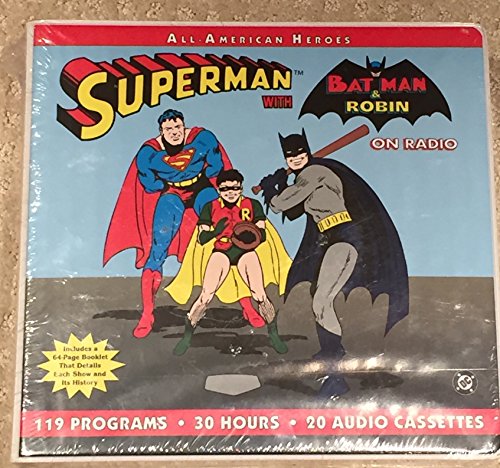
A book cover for All-American Heroes: Superman with Batman & Robin on Radio; Radio Spirits; Humor & Entertainment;